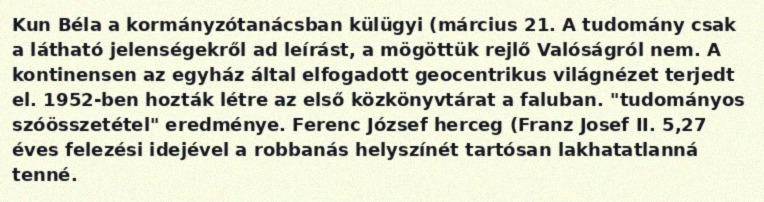
Kun Béla a kormányzótanácsban külügyi (március 21. A tudomány csak a látható jelenségekről ad leírást, a mögöttük rejlő Valóságról nem. A kontinensen az egyház által elfogadott geocentrikus világnézet terjedt el. 1952-ben hozták létre az első közkönyvtárat a faluban. "tudományos szóösszetétel" eredménye. Ferenc József herceg (Franz Josef II. 5,27 éves felezési idejével a robbanás helyszínét tartósan lakhatatlanná tenné.